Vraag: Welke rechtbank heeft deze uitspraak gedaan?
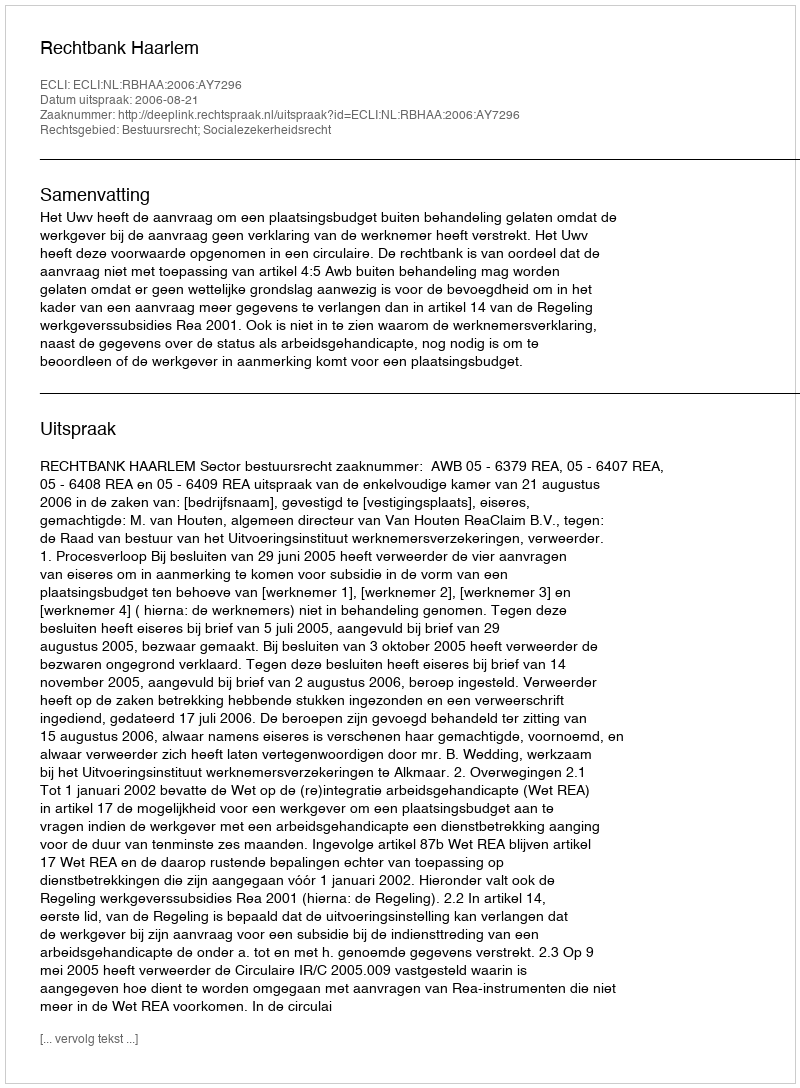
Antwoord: Rechtbank Haarlem